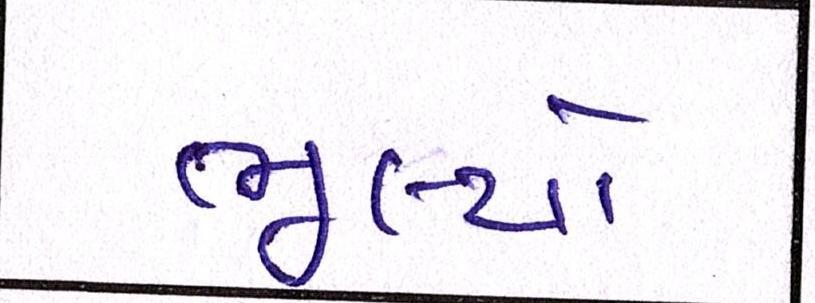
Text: ભૂલ્યો